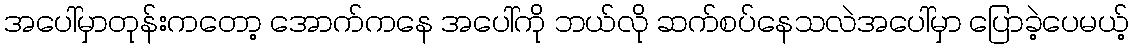
အပေါ်မှာတုန်းကတော့ အောက်ကနေ အပေါ်ကို ဘယ်လို ဆက်စပ်နေသလဲအပေါ်မှာ ပြောခဲ့ပေမယ့်